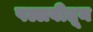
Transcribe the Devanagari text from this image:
पल्लवीतून